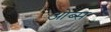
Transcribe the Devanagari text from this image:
ओब्स